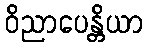
ဝိညာပေန္တိယာ